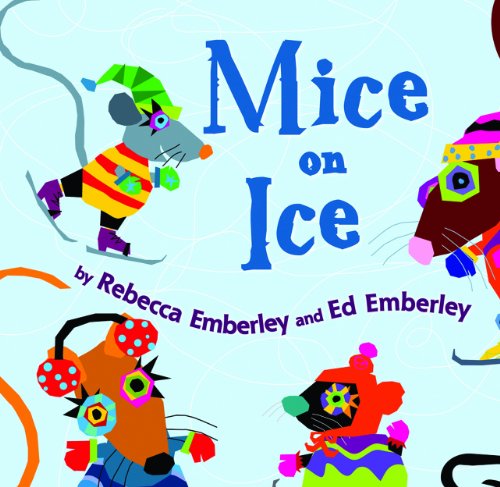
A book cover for Mice on Ice (I Like to Read) (I Like to Read Books); Rebecca Emberley; Children's Books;